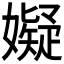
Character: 𫲆